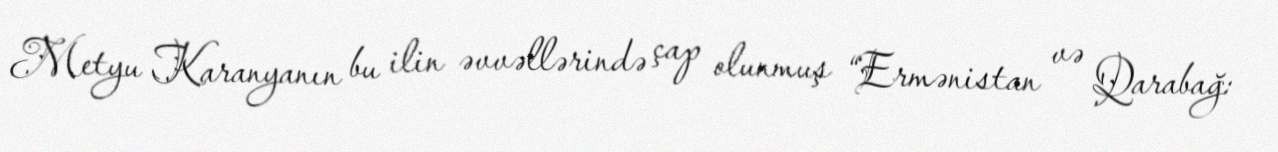
Metyu Karanyanın bu ilin əvvəllərində çap olunmuş “Ermənistan və Qarabağ: